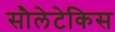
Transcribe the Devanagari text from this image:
सौलेटेकिस